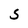
Character: S